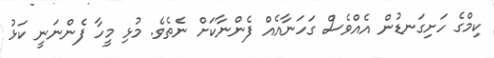
ކިމްގެ ހަށިގަނޑުން އެއްވެސް ގަހަނާއެއް ފެންނާކަށް ނެތެވެ. މުޅި މީހާ ފެންނަނީ ކަޅު